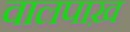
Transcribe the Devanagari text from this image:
वालपाख़